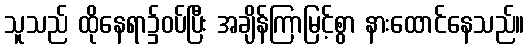
သူသည် ထိုနေရာ၌ဝပ်ပြီး အချိန်ကြာမြင့်စွာ နားထောင်နေသည်။